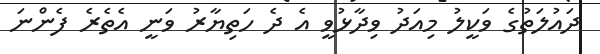
ދައުލަތުގެ ވަކީލު މިއަދު ވިދާޅުވީ އެ ދެ ހަތިޔާރު ވަނީ އެތެރެ ފެންނަ